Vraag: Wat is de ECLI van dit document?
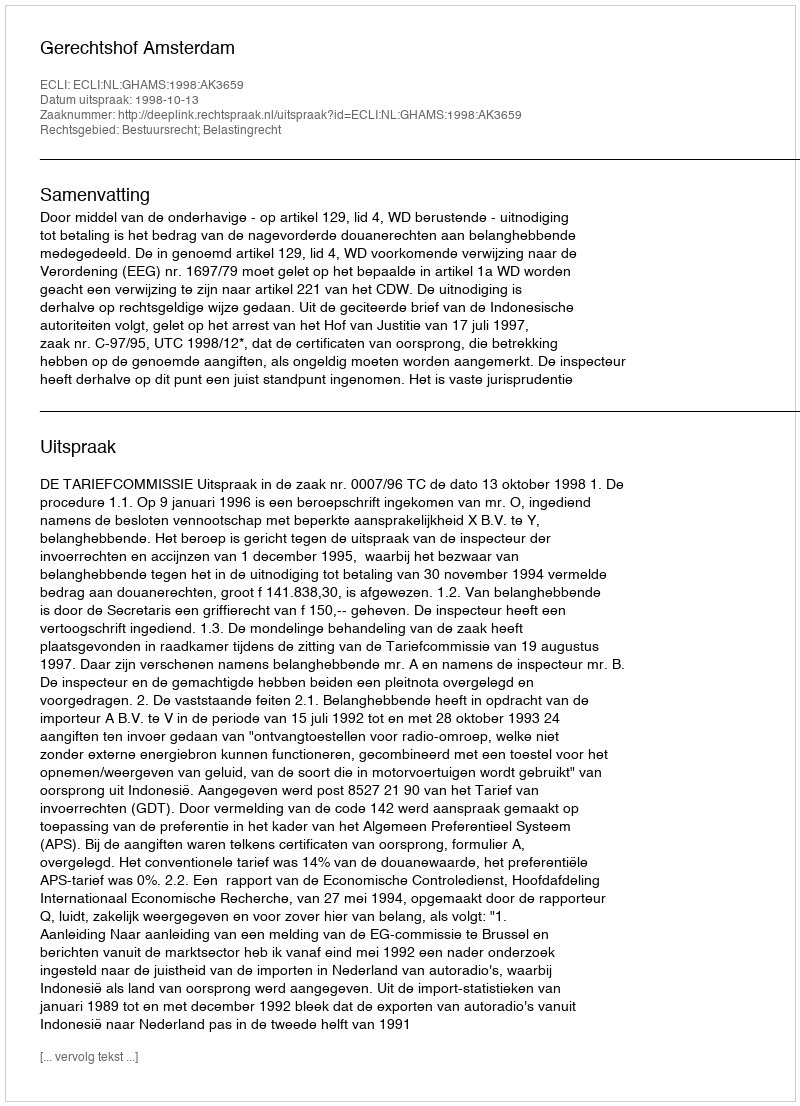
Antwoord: ECLI:NL:GHAMS:1998:AK3659